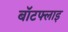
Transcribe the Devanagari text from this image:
बॉटफ्लाइ